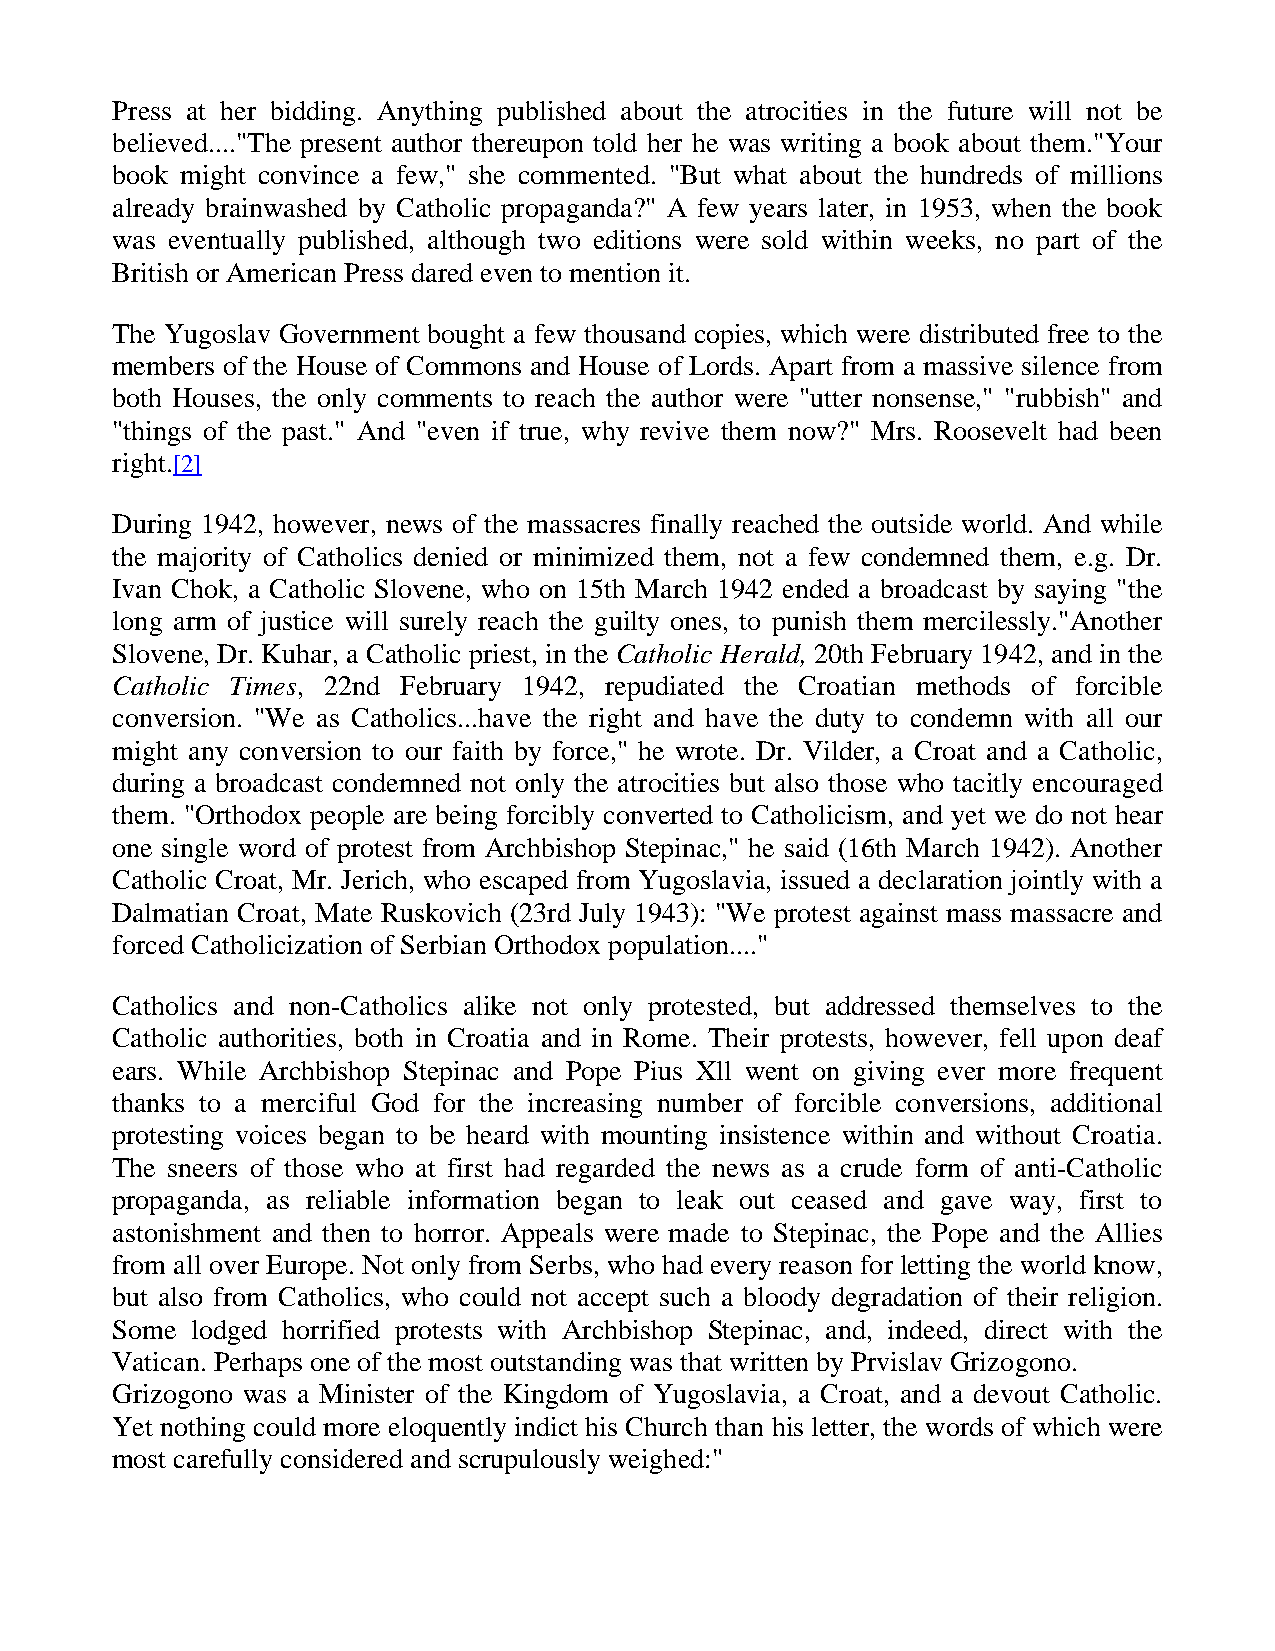
Press at her bidding. Anything published about the atrocities in the future will not be
 believed...."The present author thereupon told her he was writing a book about them."Your
 book might convince a few," she commented. "But what about the hundreds of millions
 already brainwashed by Catholic propaganda?" A few years later, in 1953, when the book
 was eventually published, although two editions were sold within weeks, no part of the
 British or American Press dared even to mention it.
 The Yugoslav Government bought a few thousand copies, which were distributed free to the
 members of the House of Commons and House of Lords. Apart from a massive silence from
 both Houses, the only comments to reach the author were "utter nonsense," "rubbish" and
 "things of the past." And "even if true, why revive them now?" Mrs. Roosevelt had been
 right.[2]
 During 1942, however, news of the massacres finally reached the outside world. And while
 the majority of Catholics denied or minimized them, not a few condemned them, e.g. Dr.
 Ivan Chok, a Catholic Slovene, who on 15th March 1942 ended a broadcast by saying "the
 long arm of justice will surely reach the guilty ones, to punish them mercilessly."Another
 Slovene, Dr. Kuhar, a Catholic priest, in the Catholic Herald, 20th February 1942, and in the
 Catholic Times, 22nd February 1942, repudiated the Croatian methods of forcible
 conversion. "We as Catholics...have the right and have the duty to condemn with all our
 might any conversion to our faith by force," he wrote. Dr. Vilder, a Croat and a Catholic,
 during a broadcast condemned not only the atrocities but also those who tacitly encouraged
 them. "Orthodox people are being forcibly converted to Catholicism, and yet we do not hear
 one single word of protest from Archbishop Stepinac," he said (16th March 1942). Another
 Catholic Croat, Mr. Jerich, who escaped from Yugoslavia, issued a declaration jointly with a
 Dalmatian Croat, Mate Ruskovich (23rd July 1943): "We protest against mass massacre and
 forced Catholicization of Serbian Orthodox population...."
 Catholics and non-Catholics alike not only protested, but addressed themselves to the
 Catholic authorities, both in Croatia and in Rome. Their protests, however, fell upon deaf
 ears. While Archbishop Stepinac and Pope Pius Xll went on giving ever more frequent
 thanks to a merciful God for the increasing number of forcible conversions, additional
 protesting voices began to be heard with mounting insistence within and without Croatia.
 The sneers of those who at first had regarded the news as a crude form of anti-Catholic
 propaganda, as reliable information began to leak out ceased and gave way, first to
 astonishment and then to horror. Appeals were made to Stepinac, the Pope and the Allies
 from all over Europe. Not only from Serbs, who had every reason for letting the world know,
 but also from Catholics, who could not accept such a bloody degradation of their religion.
 Some  lodged horrified protests with Archbishop Stepinac, and, indeed, direct with the
 Vatican. Perhaps one of the most outstanding was that written by Prvislav Grizogono.
 Grizogono was a Minister of the Kingdom of Yugoslavia, a Croat, and a devout Catholic.
 Yet nothing could more eloquently indict his Church than his letter, the words of which were
 most carefully considered and scrupulously weighed:"